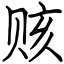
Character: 赅